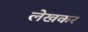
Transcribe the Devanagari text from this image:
लेखकर